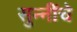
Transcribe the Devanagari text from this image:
सुन्नींचे